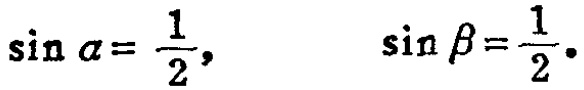
\(\sin \alpha = \frac{1}{2},\) \(\sin \beta = \frac{1}{2}.\)